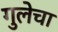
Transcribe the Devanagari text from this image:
गुलेचा